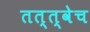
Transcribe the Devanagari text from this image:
तत्त्वेच